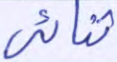
ثنائي